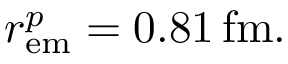
r _ { \mathrm { e m } } ^ { p } = 0 . 8 1 \, \mathrm { f m } .